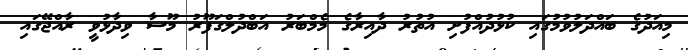
މިއަދުގެ ބައްދަލުވުމުގައި ކުޅުދުއްފުށި އުތުރު ދާއިރާގެ މެމްބަރު އަބްދުލްގަފޫރު މޫސާ ވިދާޅުވީ ރާއްޖޭގައި